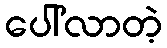
ပေါ်လာတဲ့